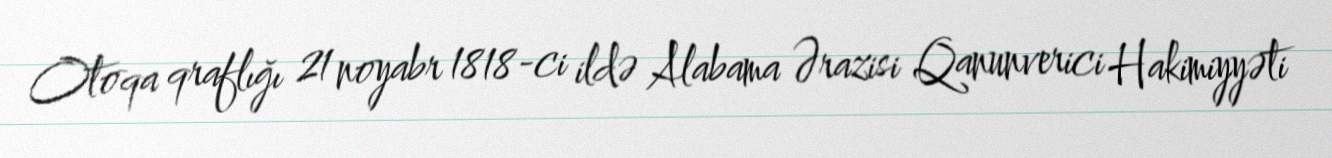
Otoqa qraflığı 21 noyabr 1818-ci ildə Alabama Ərazisi Qanunverici Hakimiyyəti